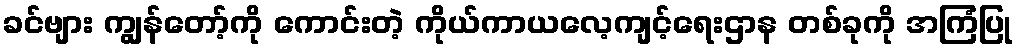
ခင်ဗျား ကျွန်တော့်ကို ကောင်းတဲ့ ကိုယ်ကာယလေ့ကျင့်ရေးဌာန တစ်ခုကို အကြံပြု